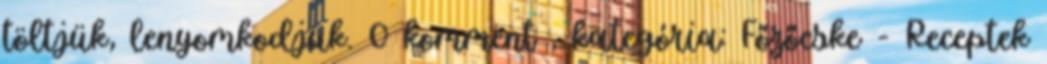
töltjük, lenyomkodjuk. 0 komment , kategória: Főzőcske - Receptek